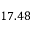
1 7 . 4 8